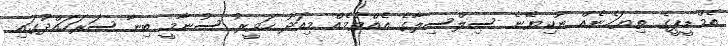
އެމްޑީޕީގެ ތިޔަހެނެއް ނުކިޔޭނެ ސިލްސިލާގެ އެއްވުމެއް މިއަދު ހަވީރު ސުނާމީ ބިނާ ސަރަހައްދުގައި